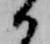
か